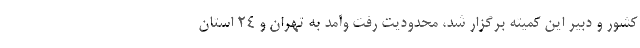
کشور و دبیر این کمیته برگزار شد، محدودیت‌ رفت وآمد به تهران و ۲۴ استان